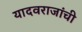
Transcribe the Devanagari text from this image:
यादवराजांची